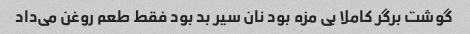
گوشت برگر کاملا بی مزه بود نان سیر بد بود فقط طعم روغن می‌داد